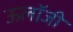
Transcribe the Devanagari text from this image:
ऊलॉजी